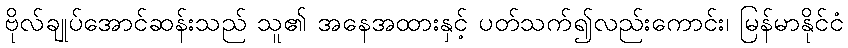
ဗိုလ်ချုပ်အောင်ဆန်းသည် သူ၏ အနေအထားနှင့် ပတ်သက်၍လည်းကောင်း၊ မြန်မာနိုင်ငံ